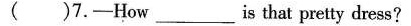
( ）7.-How_ is that pretty dress?